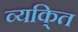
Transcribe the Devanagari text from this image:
व्यकि्‌त